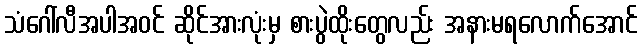
သံဂေါ်လီအပါအဝင် ဆိုင်အားလုံးမှ စားပွဲထိုးတွေလည်း အနားမရလောက်အောင်